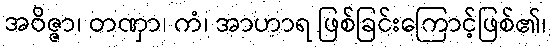
အဝိဇ္ဇာ၊ တဏှာ၊ ကံ၊ အာဟာရ ဖြစ်ခြင်းကြောင့်ဖြစ်၏၊